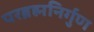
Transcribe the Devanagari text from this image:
परब्रह्मनिर्गुण